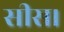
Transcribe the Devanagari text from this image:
सीस।